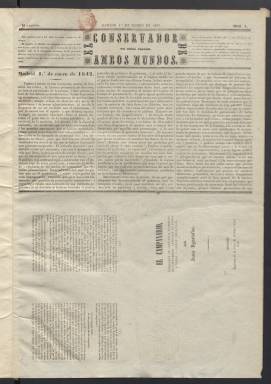
Título: El Conservador de ambos mundos
Colección: Periódicos anteriores a 1850
Ámbito geográfico: Madrid
Lugar de publicación: Madrid
Fechas: 01/01/1842-16/02/1842